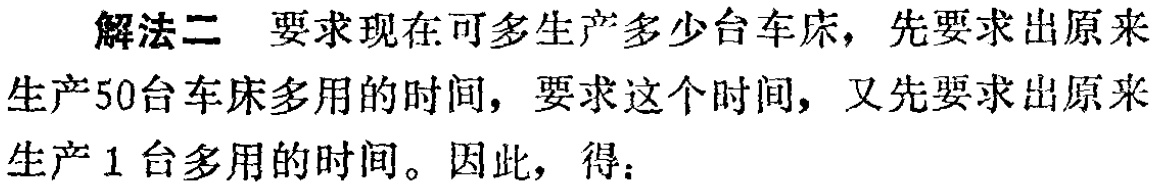
解法二 要求现在可多生产多少台车床，先要求出原来生产50台车床多用的时间，要求这个时间，又先要求出原来生产1台多用的时间。因此，得：